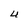
Character: U